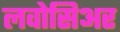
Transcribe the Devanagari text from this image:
लवोसिअर